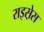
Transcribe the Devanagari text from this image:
राइस़ेस